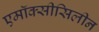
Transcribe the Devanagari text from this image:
एमॉक्सीसिलीन